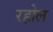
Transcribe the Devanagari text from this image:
रहोल